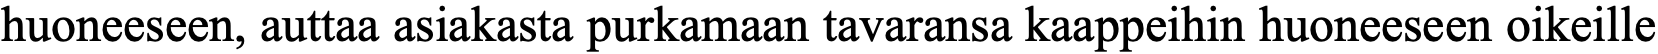
huoneeseen, auttaa asiakasta purkamaan tavaransa kaappeihin huoneeseen oikeille